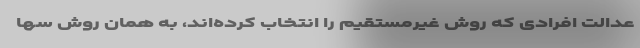
عدالت افرادی که روش غیرمستقیم را انتخاب کرده‌اند، به همان روش سها